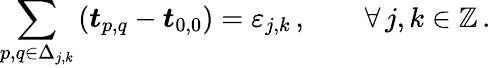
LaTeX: \sum_{p,q\in\Delta_{j,k}}\left(\boldsymbol{t}_{p,q}-\boldsymbol{t}_{0,0}\right)=\varepsilon_{j,k}\, ,\qquad\forall\, j,k\in\mathbb{Z}\, .